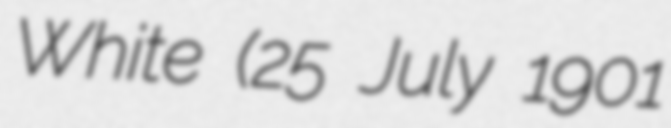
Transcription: White (25 July 1901